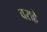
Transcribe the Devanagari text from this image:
वराहे